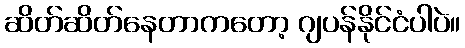
ဆိတ်ဆိတ်နေတာကတော့ ဂျပန်နိုင်ငံပါပဲ။